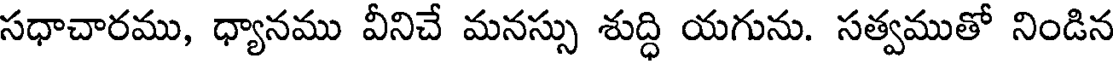
సధాచారము, ధ్యానము వీనిచే మనస్సు శుద్ధి యగును. సత్వముతో నిండిన